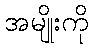
အမျိုးကို